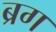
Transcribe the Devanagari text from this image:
ब्रग